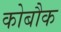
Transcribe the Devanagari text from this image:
कोबौक